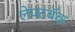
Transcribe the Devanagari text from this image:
लेफ्टबॅक